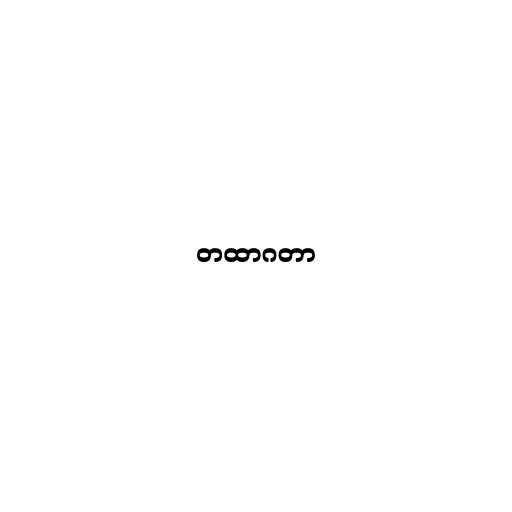
တထာဂတာ